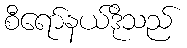
စီရော်နယ်ဒိုသည်